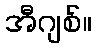
အီဂျစ်။